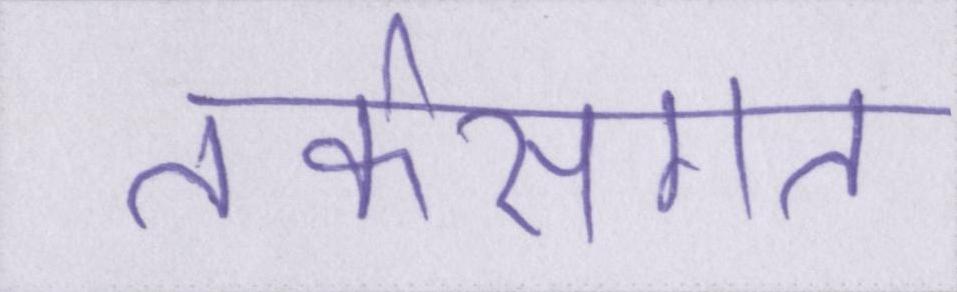
तर्कसंगत